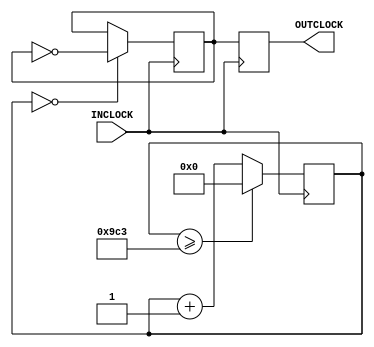
`timescale 1ns / 1ps
module clk_divider(input INCLOCK,output reg OUTCLOCK=0);
reg [31:0]counter_20kHz =0;
reg output_20Khz= 0;
always@(posedge INCLOCK)
begin
    counter_20kHz<=(counter_20kHz>=2499)?0:counter_20kHz+1;
    output_20Khz<=(counter_20kHz==0)?~output_20Khz:output_20Khz;
end



always @(posedge INCLOCK)
begin
    OUTCLOCK=output_20Khz;
end
endmodule